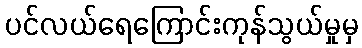
ပင်လယ်ရေကြောင်းကုန်သွယ်မှုမှ